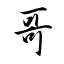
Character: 哥